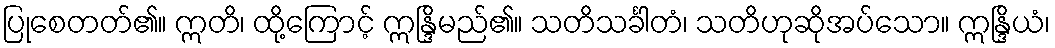
ပြုစေတတ်၏။ ဣတိ၊ ထို့ကြောင့် ဣန္ဒြိမည်၏။ သတိသင်္ခါတံ၊ သတိဟုဆိုအပ်သော။ ဣန္ဒြိယံ၊